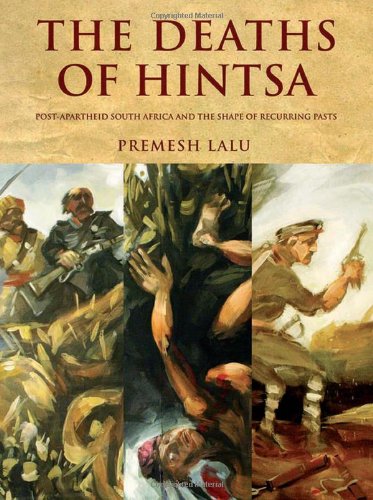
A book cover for The Deaths of Hintsa: Post-Apartheid South Africa and the Shape of Recurring Pasts; Premesh Lalu; History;